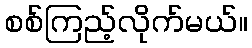
စစ်ကြည့်လိုက်မယ်။